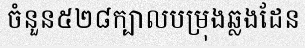
ចំនួន៥២៨ក្បាលបម្រុងឆ្លងដែន